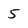
Character: 5